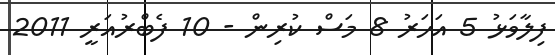
ފިލާވަޅު 5 އަހަރު 8 މަސް ކުރިން - 10 ފެބްރުއަރީ 2011